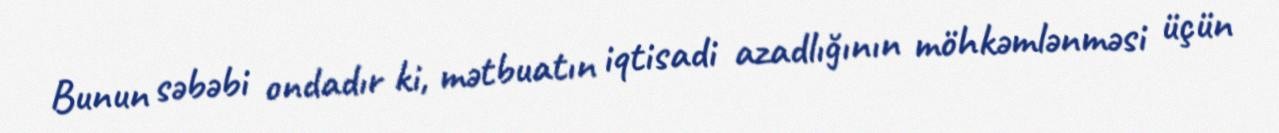
Bunun səbəbi ondadır ki, mətbuatın iqtisadi azadlığının möhkəmlənməsi üçün